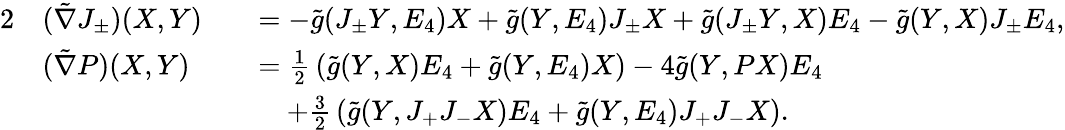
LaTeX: \begin{array}{rlrl}{{2}}&{(\tilde{\nabla}J_{\pm})(X,Y)}&&{=-\tilde{g}(J_{\pm}Y,E_{4})X+\tilde{g}(Y,E_{4})J_{\pm}X+\tilde{g}(J_{\pm}Y,X)E_{4}-\tilde{g}(Y,X)J_{\pm}E_{4},}\\ &{(\tilde{\nabla}P)(X,Y)}&&{=\frac 12\, (\tilde{g}(Y,X)E_{4}+\tilde{g}(Y,E_{4})X)-4\tilde{g}(Y,PX)E_{4}}\\ &{}&&{\quad+\frac 32\, (\tilde{g}(Y,J_{+}J_{-}X)E_{4}+\tilde{g}(Y,E_{4})J_{+}J_{-}X).}\end{array}